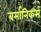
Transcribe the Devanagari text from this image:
बर्मानिकस